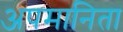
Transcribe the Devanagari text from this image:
अपमानिता